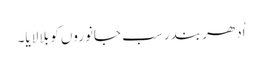
اُدھر بندر سب جانوروں کو بلا لایا۔